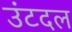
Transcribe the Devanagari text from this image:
उंटदल